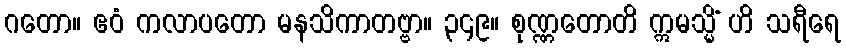
ဂတော။ ဧဝံ ကလာပတော မနသိကာတဗ္ဗာ။ ၃၄၉။ စုဏ္ဏတောတိ ဣမသ္မိံ ဟိ သရီရေ